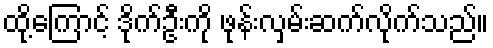
ထို့ကြောင့် ဒိုက်ဦးကို ဖုန်းလှမ်းဆက်လိုက်သည်။